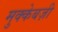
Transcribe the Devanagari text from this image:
मुक्केबज़ी